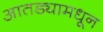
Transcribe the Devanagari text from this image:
आतड्यामधून